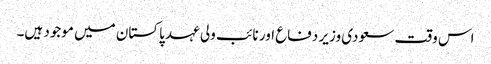
اس وقت سعودی وزیر دفاع اور نائب ولی عہد پاکستان میں موجود ہیں۔